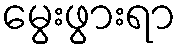
မွေးဖွားရာ